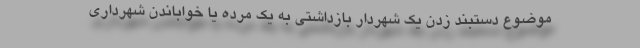
موضوع دستبند زدن یک شهردار بازداشتی به یک مرده یا خواباندن شهرداری